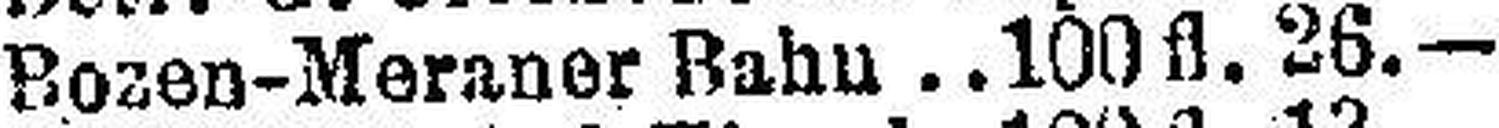
Bozen-Meraner Bahn 100 fl. 26.—